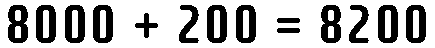
8000 + 200 = 8200